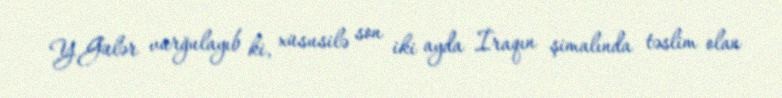
Y.Gülər vurğulayıb ki, xüsusilə son iki ayda İraqın şimalında təslim olan